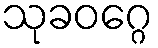
သုခဝဂ္ဂေ